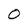
Character: 0